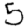
Digit: 5